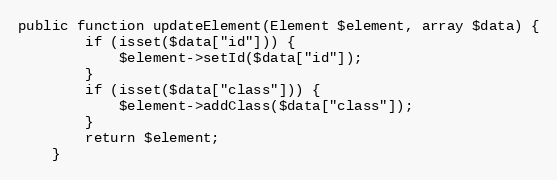
Language: PHP
public function updateElement(Element $element, array $data) {
        if (isset($data["id"])) {
            $element->setId($data["id"]);
        }
        if (isset($data["class"])) {
            $element->addClass($data["class"]);
        }
        return $element;
    }